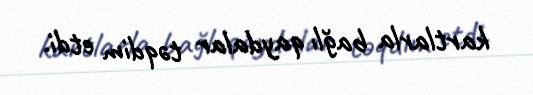
kartlarla bağlı qaydalar təqdim etdi.